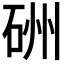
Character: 𥒁